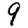
Digit: 9